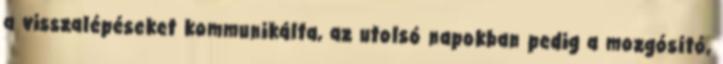
a visszalépéseket kommunikálta, az utolsó napokban pedig a mozgósító,